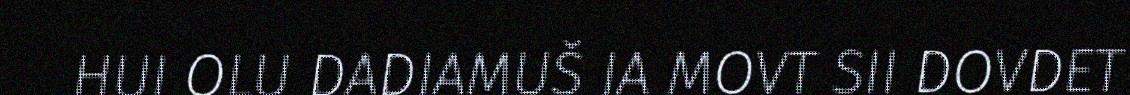
HUI OLU DADJAMUŠ JA MOVT SII DOVDET